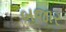
બજાર